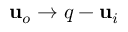
\mathbf { u } _ { o } \rightarrow \v q - \mathbf { u } _ { i }